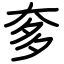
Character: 奓